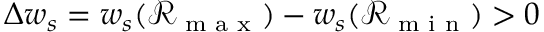
\Delta w _ { s } = w _ { s } ( \mathcal { R } _ { \textrm { m a x } } ) - w _ { s } ( \mathcal { R } _ { \textrm { m i n } } ) > 0